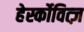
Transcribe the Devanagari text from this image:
हेर्स्कोवित्ज़